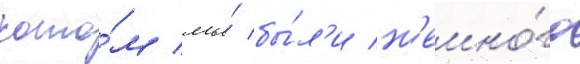
кото́м мы́ бы́л'и н'емно́го